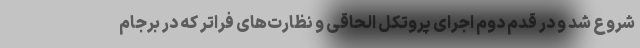
شروع شد و در قدم دوم اجرای پروتکل الحاقی و نظارت‌های فراتر که در برجام